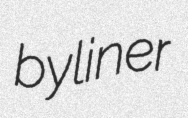
byliner